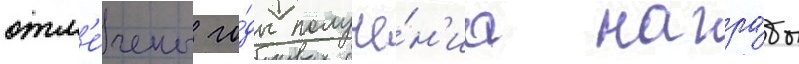
отм'е́чены го́ды получе́н'иа награ́ды